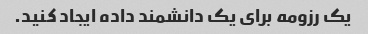
یک رزومه برای یک دانشمند داده ایجاد کنید.